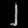
Digit: ၂